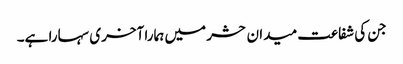
جن کی شفاعت میدان حشر میں ہمارا آخری سہارا ہے۔